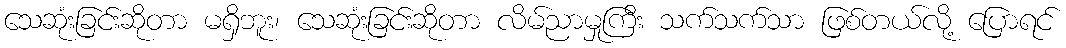
သေဆုံးခြင်းဆိုတာ မရှိဘူး၊ သေဆုံးခြင်းဆိုတာ လိမ်ညာမှုကြီး သက်သက်သာ ဖြစ်တယ်လို့ ပြောရင်